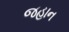
જહાન